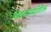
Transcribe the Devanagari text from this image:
चित्रपटांव्यतिरिक्त